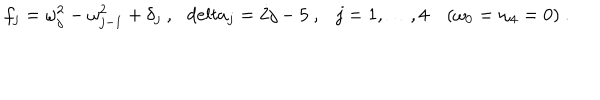
LaTeX: f _ { j } = \omega _ { j } ^ { 2 } - \omega _ { j - 1 } ^ { 2 } + \delta _ { j } \ , \ \ \, d e l t a _ { j } = 2 j - 5 \ , \ \ \ j = 1 , \ldots , 4 ( \omega _ { 0 } = \omega _ { 4 } = 0 ) \ .